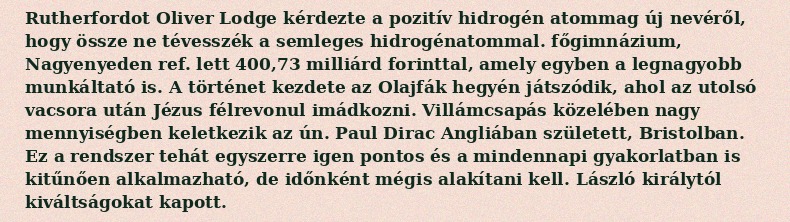
Rutherfordot Oliver Lodge kérdezte a pozitív hidrogén atommag új nevéről, hogy össze ne tévesszék a semleges hidrogénatommal. főgimnázium, Nagyenyeden ref. lett 400,73 milliárd forinttal, amely egyben a legnagyobb munkáltató is. A történet kezdete az Olajfák hegyén játszódik, ahol az utolsó vacsora után Jézus félrevonul imádkozni. Villámcsapás közelében nagy mennyiségben keletkezik az ún. Paul Dirac Angliában született, Bristolban. Ez a rendszer tehát egyszerre igen pontos és a mindennapi gyakorlatban is kitűnően alkalmazható, de időnként mégis alakítani kell. László királytól kiváltságokat kapott.